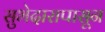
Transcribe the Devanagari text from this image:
सुभेदारापासून